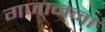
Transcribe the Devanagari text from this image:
गजानना